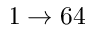
1 \rightarrow 6 4